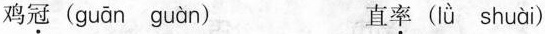
鸡\underset{·}{冠} ( guān guàn ) 直\underset{·}{率} ( Iǜ shuài )